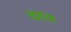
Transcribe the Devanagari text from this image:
वरल